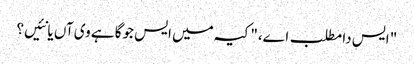
" ایس دا مطلب اے،" کیہ میں ایس جوگا ہے وی آں یا نئیں؟